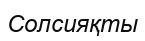
Солсияқты